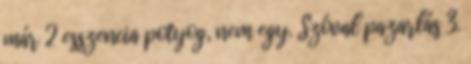
már 2 esszencia potyog, nem egy. Szóval pazarlás 3.